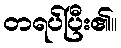
တရပ်ပြီး၏။